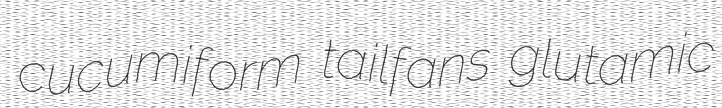
cucumiform tailfans glutamic